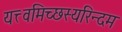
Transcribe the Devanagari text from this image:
यत्त्वमिच्छस्यरिन्दम